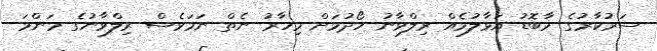
ސަރުކާރުގެ މާބޮޑު އަޅާލުމެއް ރިލްވާނު ހޯދުމަށް މިހާރު ނެތް ނަމަވެސް ރިލްވާނުގެ މަންމަ